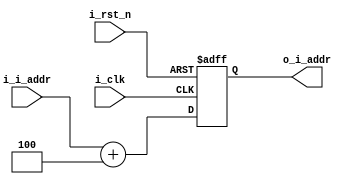
module Add4 #(
    parameter DATA_W = 64
)(
    input                     i_clk,
    input                     i_rst_n,
    input  [ DATA_W - 1 : 0 ] i_i_addr,
    output [ DATA_W - 1 : 0 ] o_i_addr
);

reg [ DATA_W - 1 : 0 ] o_i_addr_r, o_i_addr_w;

assign o_i_addr = o_i_addr_r;

always @(*) begin
    o_i_addr_w = i_i_addr + 4;
end

always @(posedge i_clk or negedge i_rst_n) begin
    if (!i_rst_n) begin
        o_i_addr_r <= 0;
    end else begin
        o_i_addr_r <= o_i_addr_w;
    end
end

endmodule